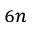
_ { 6 n }